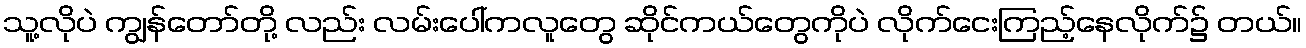
သူ့လိုပဲ ကျွန်တော်တို့ လည်း လမ်းပေါ်ကလူတွေ ဆိုင်ကယ်တွေကိုပဲ လိုက်ငေးကြည့်နေလိုက်၌ တယ်။